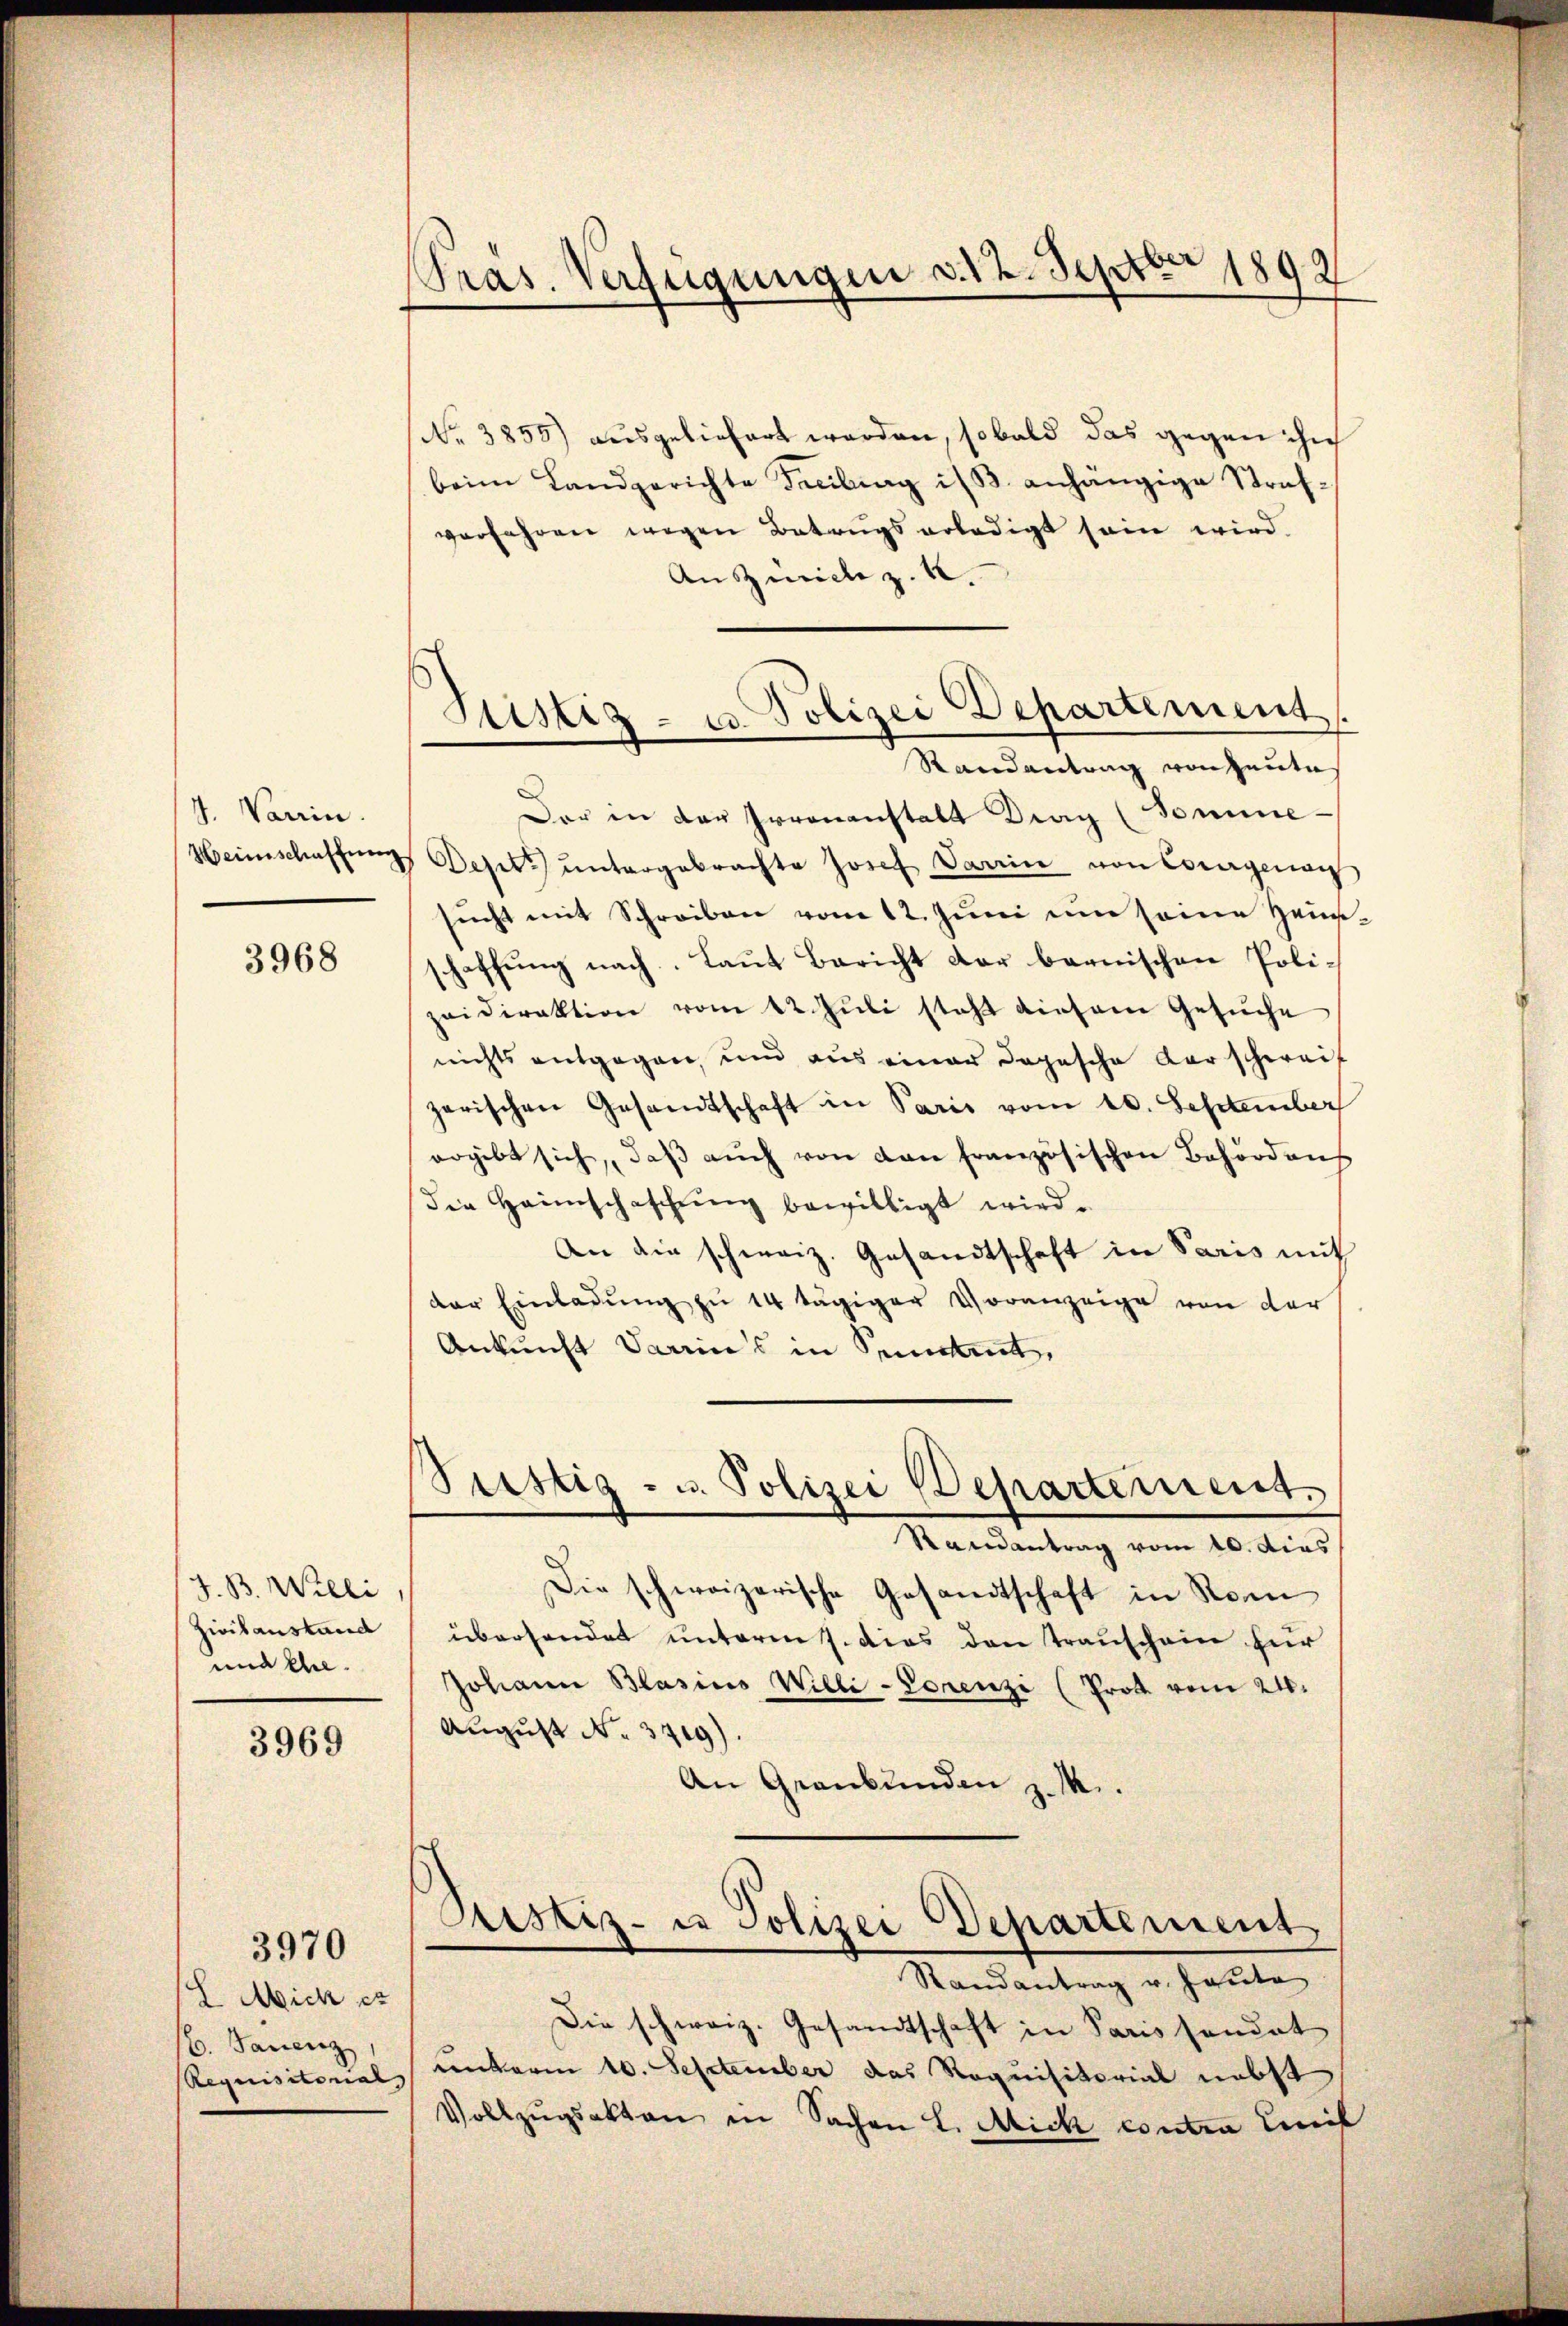
4. Varin.
Heimschaffung

3968

J. B. Willi
Zivilanstand
und ehel.

3969

3970

h
Wick et
C. Sanenz

Pras. Verfügungen v. 12. Septbr 1892

Sistig - u. Polizei Departement
Randantrag von Zeutas

No 3855) ausgeliefert werden, sobald das gegen ihn
beim Landgerichte Freiburg i. B. anhängige Strafverfahren wegen Betrugs erledigt sein wird.
Anzurich z. B.
Der in der Irrenanstalt Drag (Somme-
Desitz untergebrachte Josef Darin von Courgenau
sŭcht mit Schreiben vom 12. Juni um seine Heinschaffung nach. Laut Bericht der bernischen Polizeidirektion vom 12. Juli steht diesem Gesuche
nichts entgegen, um aus einer dopesche Karschweif
zarischen Gesandtschaft in Paris vom 10. September
ergibt sich, daβ aŭch von den französischen Behördens
die Heimschaffung bewilligt wird.
An die schweiz. Gesandtschaft in Paris mit
der Einladŭng zu 14 tägiger Voranzeige von der
Ankunft darins in Sement,
Ptistig - u. Polizei Departement.
Randantrag vom 10. dies
Die schweizerische Gesandtschaft in Rom
übersendet unterm 7. dies den Trauschein für
Johann Blasius Willi-Lorenzi (Prot vom 24.
August No. 3719).
An Graubünden z. M.

Die schweiz. Gesandtschaft in Paris sandat
Requisitonal unterm 10. September das Requisitorial nebst
Vollzŭgsakten in Sachen L. Mich contra mit

Justiz- u Polizei Departement
Randantrag v. Hauta